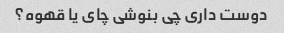
دوست داری چی بنوشی چای یا قهوه؟